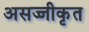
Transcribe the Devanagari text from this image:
असज्जीकृत